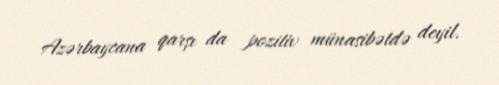
Azərbaycana qarşı da pozitiv münasibətdə deyil.